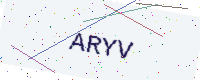
Text: ARYV